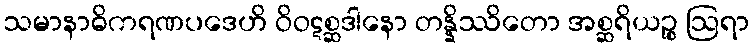
သမာနာဓိကရဏပဒေဟိ ဝိဝဋစ္ဆဒါနော တန္နိဿိတော အစ္ဆရိယဉ္စ ဩရာ